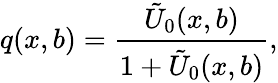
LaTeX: q(x,b)=\frac{\tilde{U}_{0}(x,b)}{1+\tilde{U}_{0}(x,b)},